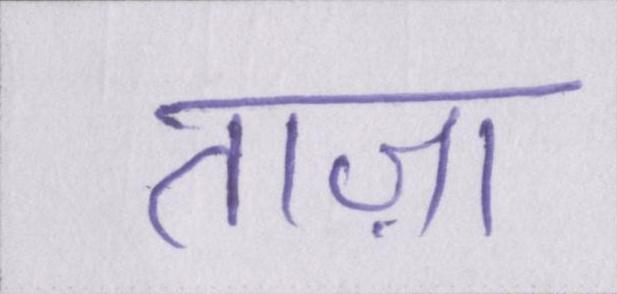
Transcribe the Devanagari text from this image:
ताज़ा